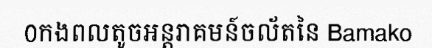
0កងពលតូចអន្តរាគមន៍ចល័តនៃ Bamako